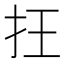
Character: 抂